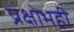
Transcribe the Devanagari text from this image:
प्रक्षोभही